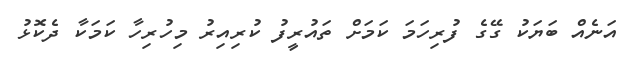
އަނެއް ބަޔަކު ގޭގެ ފުރިހަމަ ކަމަށް ތައުރީފު ކުރިއިރު މިހުރިހާ ކަމަކާ ދެކޮޅު